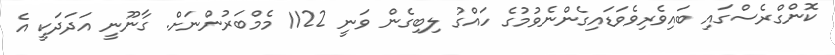
ކޮންގްރެސްގައި ބައިވެރިވެވަޑައިގެންނެވުމުގެ ހައްގު ލިބިގެން ވަނީ 1122 މެމްބަރުންނަށް. ގާނޫނީ އަދަދަކީ އެ